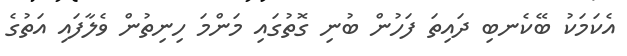
އެކަމަކު ބޭކެނބި ދައިތަ ފަހުން ބުނި ގޮތުގައި މަންމަ ހިނިތުން ވެލާފައި އަތުގެ